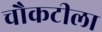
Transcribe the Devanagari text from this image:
चौकटीला